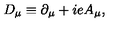
D _ { \mu } \equiv \partial _ { \mu } + i e A _ { \mu } ,